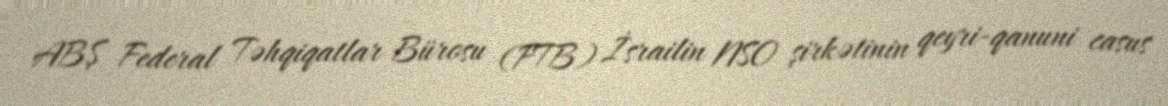
ABŞ Federal Təhqiqatlar Bürosu (FTB) İsrailin NSO şirkətinin qeyri-qanuni casus